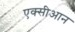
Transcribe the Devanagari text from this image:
एक्सीआन